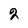
Character: 2